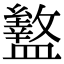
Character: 盭